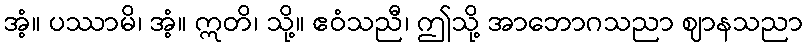
အံ့။ ပဿာမိ၊ အံ့။ ဣတိ၊ သို့။ ဧဝံသညီ၊ ဤသို့ အာဘောဂသညာ ဈာနသညာ